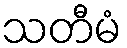
သတီမံ